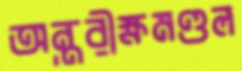
অন্তরীক্ষমণ্ডল